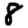
Digit: 8